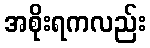
အစိုးရကလည်း